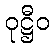
ဝုဋ္ဌီဝ